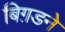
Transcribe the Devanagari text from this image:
बिग़डने